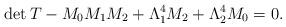
LaTeX: \begin{align*}\mathrm{det}\,T-M_{0}M_{1}M_{2}+\Lambda _{1}^{4}M_{2}+\Lambda _{2}^{4}M_{0}=0.\end{align*}